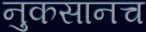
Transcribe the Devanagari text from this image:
नुकसानच